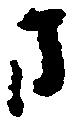
方